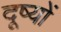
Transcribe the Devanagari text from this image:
दूष्यों